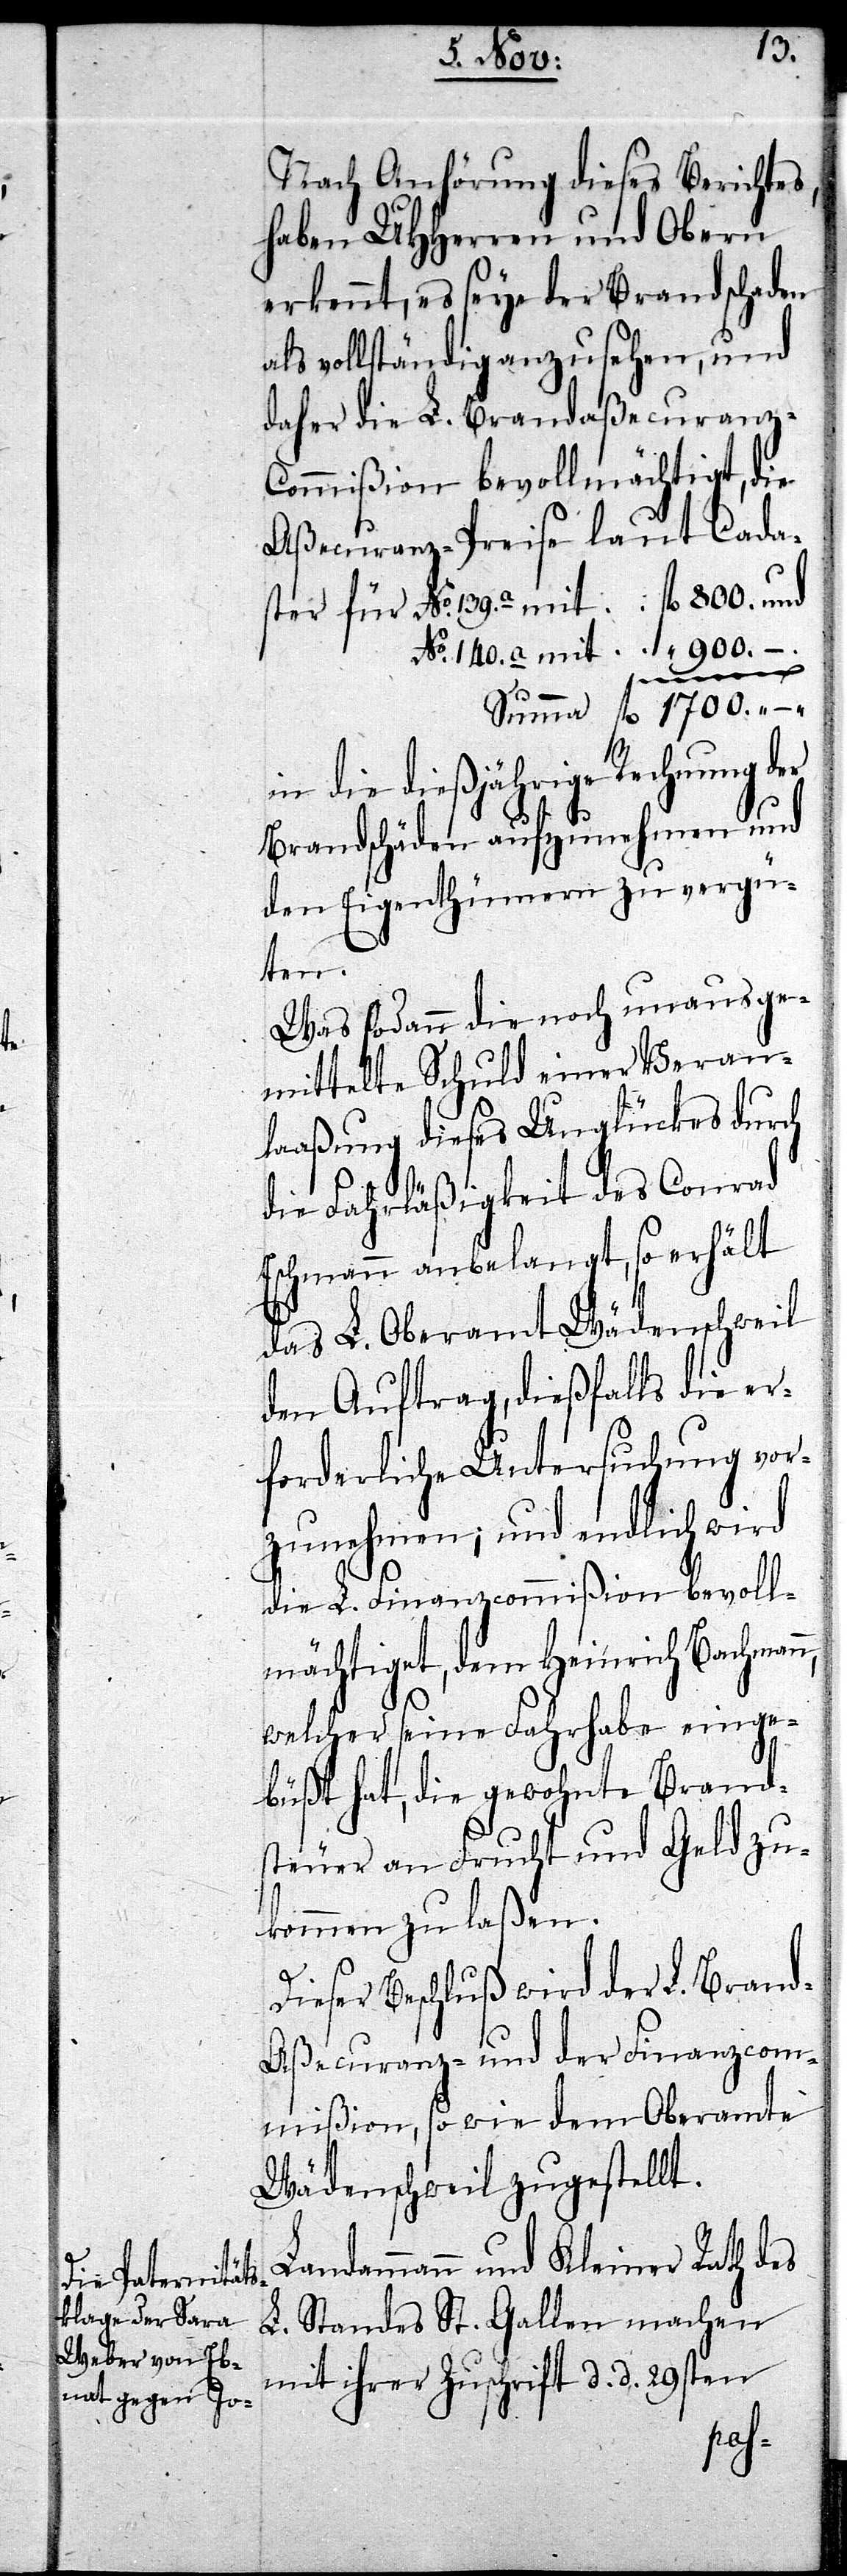
139.
Nach Anhörung dieses Berichtes,
haben UHHerren und Obern
erkennt, es seye der Brandschaden
als vollständig anzusehen, und
daher die L. Brandaßecuranz-C¬
ommißion bevollmächtigt, die
Aßecuranz-Preise laut Cada¬
No. 140. a 	“ 900. –
n,
in die dießjährige Rechnung der
Brandschäden aufzunehmen und
den Eigenthümern zu vergü¬
ten.
Was sodann die noch unausge¬
mittelte Schuld einer Veran¬
laaßung dieses Unglückes durch
die Fahrläßigkeit des Conrad
Eschmann anbelangt, so erhält
das L. Oberamt Wädenschweil
den Auftrag, dießfalls die er¬
forderliche Untersuchung vor¬
zunehmen; und endlich wird
die L. Finanzcommißion bevoll¬
mächtiget, dem Heinrich Bachman¬
welcher seine Fahrhabe einge¬
büßt hat, die gewohnte Brand¬
steuer an Frucht und Geld zu¬
kommen zu laßen.
Dieser Beschluß wird der L. Bran¬
d-Aßecuranz- und der Finanzcom¬
mißion, so wie dem Oberamte
Wädenschweil zugestellt.
Landammann und Kleiner Rath des
L. Standes St. Gallen machen
mit ihrer Zuschrift d. d. 29sten